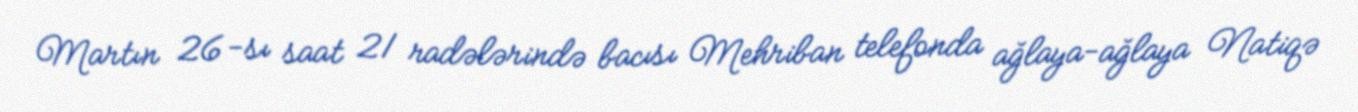
Martın 26-sı saat 21 radələrində bacısı Mehriban telefonda ağlaya-ağlaya Natiqə